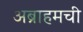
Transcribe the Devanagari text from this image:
अब्राहमची